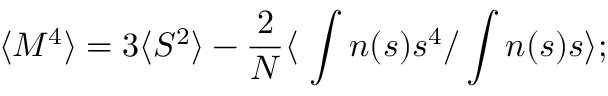
\langle M ^ { 4 } \rangle = 3 \langle { \cal { S } } ^ { 2 } \rangle - { \frac { 2 } { N } } \langle \ \int n ( s ) s ^ { 4 } / \int n ( s ) s \rangle ;